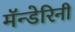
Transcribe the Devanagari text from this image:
मॅन्डेरिनी